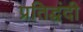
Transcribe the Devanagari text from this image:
प्रतिद्घंदी